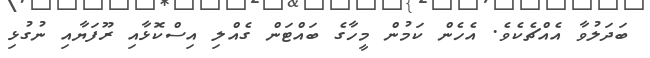
ބަދަލުވާ އެއްޗެކެވެ. އެހެން ކަމުން މީހާގެ ބައްޓަން ގެއްލި އިސްކޮޅާއި ރޫފަޔާއި ނުގުޅި